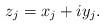
LaTeX: \begin{align*}z_j=x_j+iy_j.\end{align*}